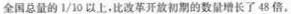
全国总量的1/10以上，比改革开放初期的数量增长了48倍，